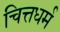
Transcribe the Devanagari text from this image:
चित्तधर्म